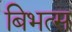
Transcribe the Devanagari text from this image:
बिभत्स